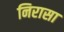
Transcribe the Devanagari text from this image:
निरासा